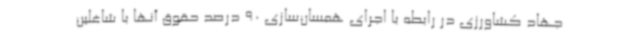
جهاد کشاورزی در رابطه با اجرای همسان‌سازی 90 درصد حقوق آنها با شاغلین